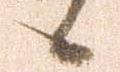
候